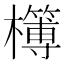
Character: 𣟔